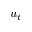
u _ { t }